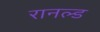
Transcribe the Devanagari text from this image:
रानल्ड